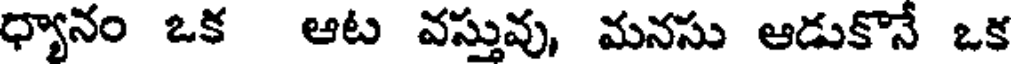
ధ్యానం ఒక ఆట వస్తువు, మనసు ఆడుకొనే ఒక